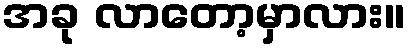
အခု လာတော့မှာလား။